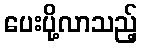
ပေးပို့လာသည့်